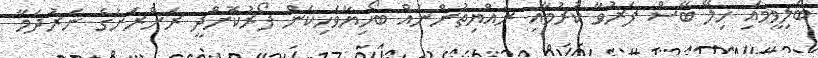
ބަލިވީމައި ހިލޭ ބޭސް ފަރުވާ ކުރުމާއި ރައްޔިތުންނައް ބޯހިޔާވަހިކަން ފޯރުކޮށްދީ ރަށްރަށުގެ ނަރުދަމާ